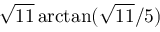
{ \sqrt { 1 1 } } \arctan ( { { \sqrt { 1 1 } } / 5 } )